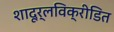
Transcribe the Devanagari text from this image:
शादूर्लविक्रीडित